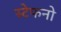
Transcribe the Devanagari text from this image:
स्टेफनो